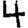
Digit: 4